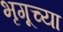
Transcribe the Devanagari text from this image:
भृगूच्या